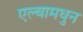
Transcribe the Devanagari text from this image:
एल्बामधुन